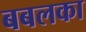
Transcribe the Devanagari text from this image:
बबलका